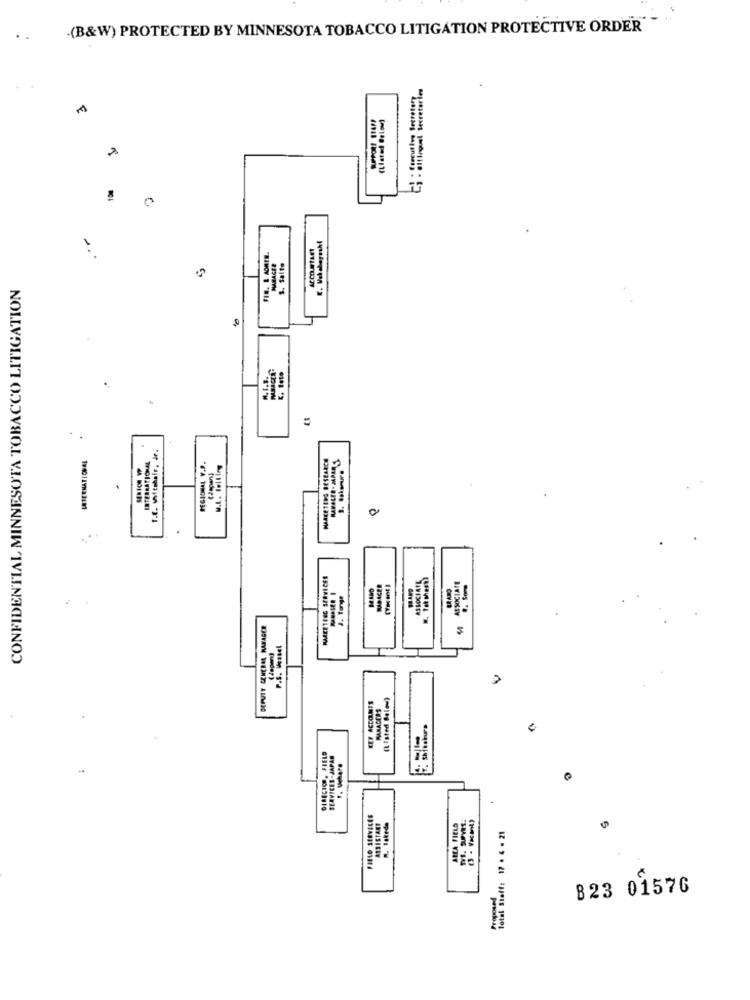
-(B&W) PROTECTED BY MINNESOTA TOBACCO LITIGATION PROTECTIVE ORDER
Cy - alfinal Secretaries
1 - Executive Secretary
(LIated Below)
100
E. Vah sbayashi
FIR. & AORES.
MARAGEE
1. faite
CONFIDENTIAL MINNESOTA TOBACCO LITIGATION
K. Seto
T.E. Witshair, ir.
INTERNATIONAL
.
MARKETING RESEARCH
INTERNATIONAL
REGIONAL V.P.
w.t. felling
MARKETING SERVICES
ASSOCIAFL
MASACER
ASSOCIATE
. Some
J. Tonge
DEPUTY GENERAL MANAGER
P.S. Wessel
(Listed Below)
KEY ACCOUNTS
MANAGERS
T. Shishura
DIRECICH, FIELD
SERVICES-JAPAN
F. Vehare
FIELD SERVICES
ASSISTANT
n. takeda
AREA FIELD
Total Stoff: 17 . 4 . 21
Proposed
823 01576